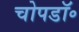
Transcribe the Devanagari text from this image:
चोपडॉ॰